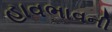
હાવભાવની